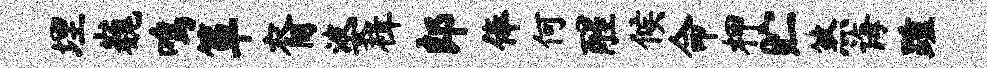
埋巍鸣箪裔婆楫郎俸何醒候命柙贮煞诲踵